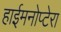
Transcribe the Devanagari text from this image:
हाईमनोप्टेरा